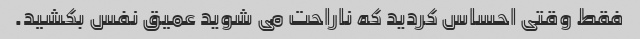
فقط وقتی احساس کردید که ناراحت می شوید عمیق نفس بکشید.